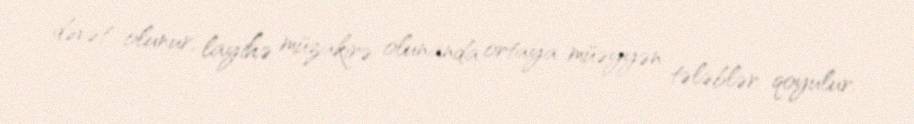
dəvət olunur, layihə müzakirə olunanda ortaya müəyyən tələblər qoyulur.